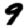
Digit: 9